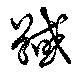
馘